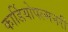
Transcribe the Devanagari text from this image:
कार्डियोपल्मनरी